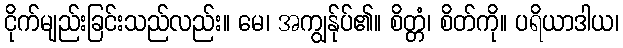
ငိုက်မျည်းခြင်းသည်လည်း။ မေ၊ အကျွန်ုပ်၏။ စိတ္တံ၊ စိတ်ကို။ ပရိယာဒါယ၊